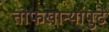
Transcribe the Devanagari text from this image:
तोफखान्यापुढे